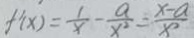
f ^ { \prime } ( x ) = \frac { 1 } { x } - \frac { a } { x ^ { 2 } } = \frac { x - a } { x ^ { 2 } }